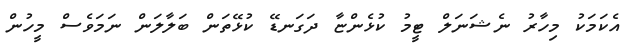
އެކަމަކު މިހާރު ނެޝަނަލް ޓީމު ކުޅެންޏާ ދަގަނޑޭ ކުޅޭތަން ބަލާލަން ނަމަވެސް މީހުން